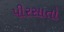
પીરસાતો